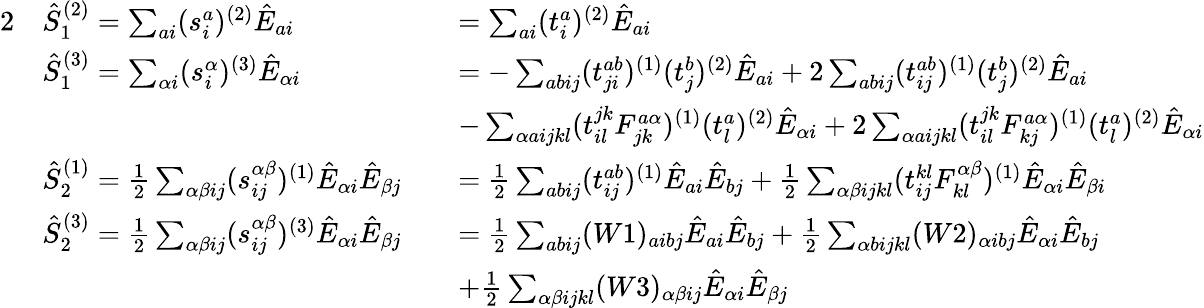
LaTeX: \begin{array}{rlrl}{{2}}&{\hat{S}_{1}^{(2)}=\sum_{ai}(s_{i}^{a})^{(2)}\hat{E}_{ai}}&&{=\sum_{ai}(t_{i}^{a})^{(2)}\hat{E}_{ai}}\\ &{\hat{S}_{1}^{(3)}=\sum_{\alpha i}(s_{i}^{\alpha})^{(3)}\hat{E}_{\alpha i}}&&{=-\sum_{abij}(t_{ji}^{ab})^{(1)}(t_{j}^{b})^{(2)}\hat{E}_{ai}+2\sum_{abij}(t_{ij}^{ab})^{(1)}(t_{j}^{b})^{(2)}\hat{E}_{ai}}\\ &{}&&{-\sum_{\alpha aijkl}(t_{il}^{jk}F_{jk}^{a\alpha})^{(1)}(t_{l}^{a})^{(2)}\hat{E}_{\alpha i}+2\sum_{\alpha aijkl}(t_{il}^{jk}F_{kj}^{a\alpha})^{(1)}(t_{l}^{a})^{(2)}\hat{E}_{\alpha i}}\\ &{\hat{S}_{2}^{(1)}=\frac 12\sum_{\alpha\beta ij}(s_{ij}^{\alpha\beta})^{(1)}\hat{E}_{\alpha i}\hat{E}_{\beta j}}&&{=\frac 12\sum_{abij}(t_{ij}^{ab})^{(1)}\hat{E}_{ai}\hat{E}_{bj}+\frac 12\sum_{\alpha\beta ijkl}(t_{ij}^{kl}F_{kl}^{\alpha\beta})^{(1)}\hat{E}_{\alpha i}\hat{E}_{\beta i}}\\ &{\hat{S}_{2}^{(3)}=\frac 12\sum_{\alpha\beta ij}(s_{ij}^{\alpha\beta})^{(3)}\hat{E}_{\alpha i}\hat{E}_{\beta j}}&&{=\frac 12\sum_{abij}(W1)_{aibj}\hat{E}_{ai}\hat{E}_{bj}+\frac 12\sum_{\alpha bijkl}(W2)_{\alpha ibj}\hat{E}_{\alpha i}\hat{E}_{bj}}\\ &{}&&{+\frac 12\sum_{\alpha\beta ijkl}(W3)_{\alpha\beta ij}\hat{E}_{\alpha i}\hat{E}_{\beta j}}\end{array}